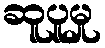
ဆူပူမှု